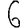
Digit: 6